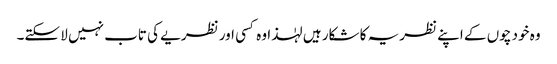
وہ خود چوں کے اپنے نظریہ کا شکار ہیں لہٰذا وہ کسی اور نظریے کی تاب نہیں لا سکتے۔